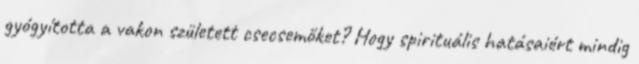
gyógyította a vakon született csecsemőket? Hogy spirituális hatásaiért mindig